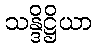
သန္ဒိဋ္ဌိယာ